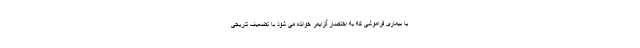
یا بیماری فراموشی که به اختصار آلزایمر خوانده می ‌شود با تضعیف تدریجی